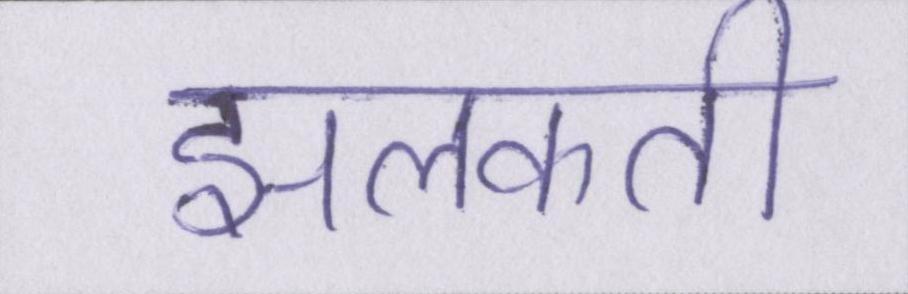
झलकती